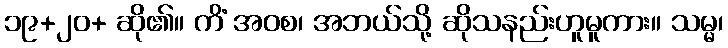
၁၉+၂၀+ ဆို၏။ ကိံ အဝစ၊ အဘယ်သို့ ဆိုသနည်းဟူမူကား။ သမ္မ၊